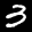
Label: 3